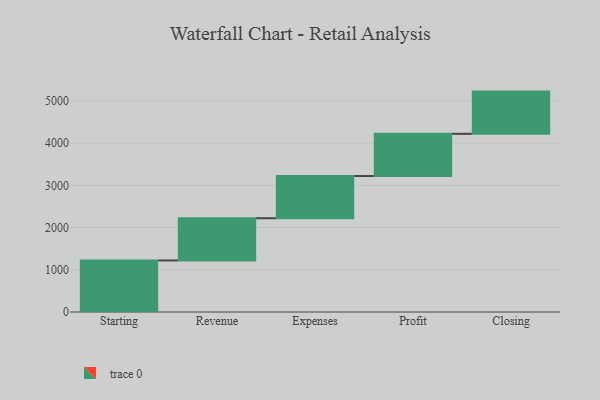
{"axis": {"x": "Step", "y": "Value"}, "legend": [""], "data": [{"x": "Starting", "y": 1221.0, "type": ""}, {"x": "Revenue", "y": 1000, "type": ""}, {"x": "Expenses", "y": 1000, "type": ""}, {"x": "Profit", "y": 1000, "type": ""}, {"x": "Closing", "y": 1000, "type": ""}]}